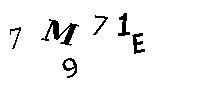
7M971E